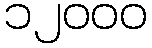
၁၂၀၀၀